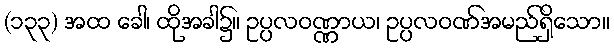
(၁၃၃) အထ ခေါ၊ ထိုအခါ၌။ ဥပ္ပလဝဏ္ဏာယ၊ ဥပ္ပလဝဏ်အမည်ရှိသော။